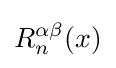
R_{n}^{\alpha \beta }(x)